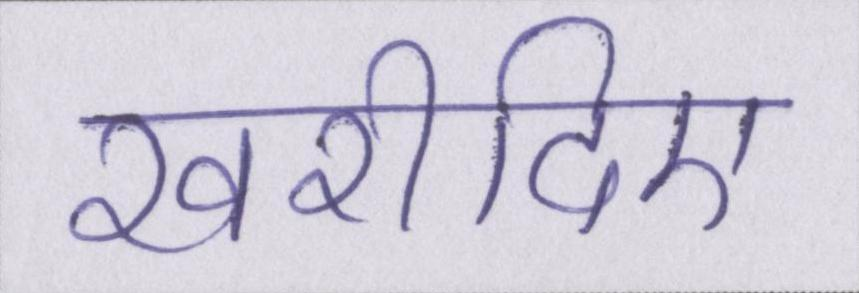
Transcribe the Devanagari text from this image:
खरीदिए